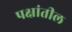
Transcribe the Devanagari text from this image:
पक्षांतील